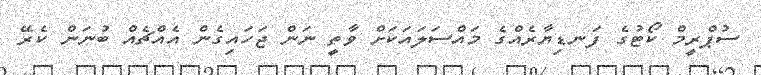
ސުޕްރީމް ކޯޓުގެ ފަނޑިޔާރެއްގެ މައްސަލައަކަށް ވާތީ ނަން ޖަހައިގެން އެއްޗެއް ބުނަން ކެރޭ